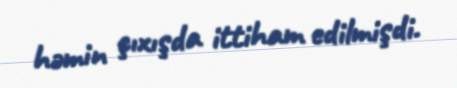
həmin çıxışda ittiham edilmişdi.